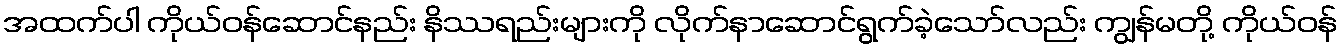
အထက်ပါ ကိုယ်ဝန်ဆောင်နည်း နိဿရည်းများကို လိုက်နာဆောင်ရွက်ခဲ့သော်လည်း ကျွန်မတို့ ကိုယ်ဝန်